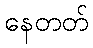
နေတတ်